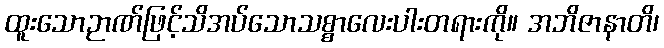
ထူးသောဉာဏ်ဖြင့်သိအပ်သောသစ္စာလေးပါးတရားကို။ အဘိဇာနာတိ၊